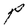
Character: P